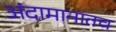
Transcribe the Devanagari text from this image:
अंदामानातच